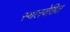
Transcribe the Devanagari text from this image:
स्थलवेष्ठित